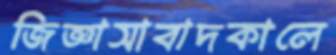
জিজ্ঞাসাবাদকালে